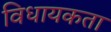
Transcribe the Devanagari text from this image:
विधायकता